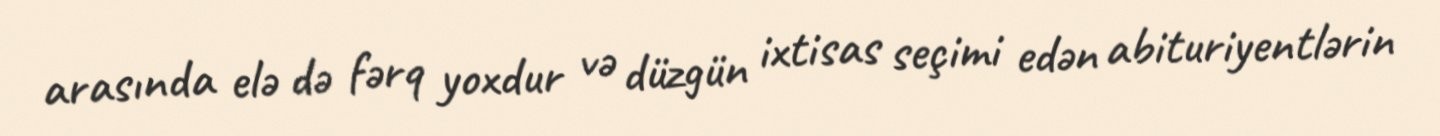
arasında elə də fərq yoxdur və düzgün ixtisas seçimi edən abituriyentlərin